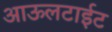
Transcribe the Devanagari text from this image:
आऊलटाईट